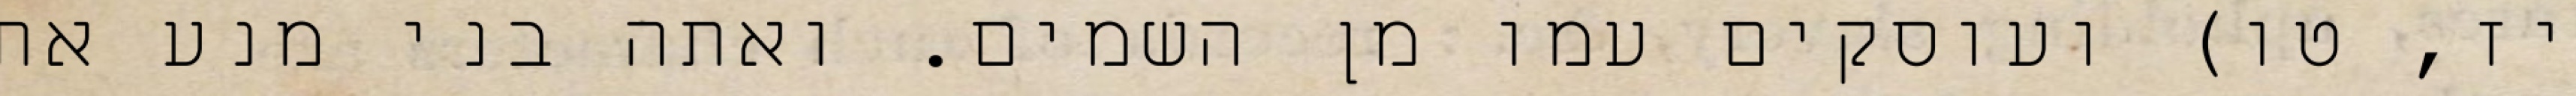
יז, טו) ועוסקים עמו מן השמים. ואתה בני מנע את